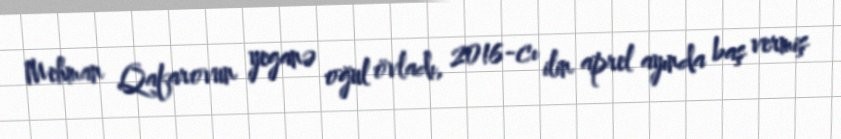
Mehman Qafarovun yeganə oğul övladı, 2016-cı ilin aprel ayında baş vermiş